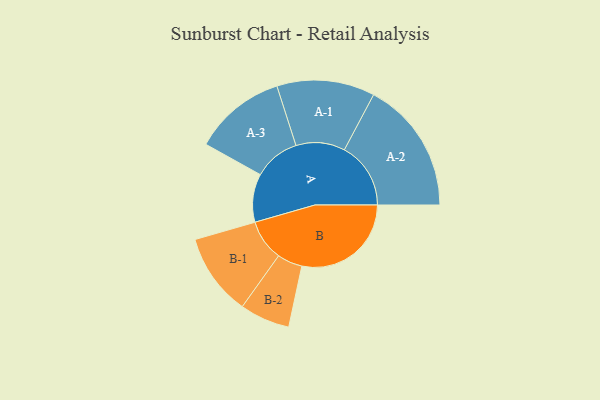
{"axis": {"x": "Segment", "y": "Value"}, "legend": ["", "A", "B"], "data": [{"x": "A", "y": 208, "type": ""}, {"x": "B", "y": 471, "type": ""}, {"x": "A-1", "y": 211, "type": "A"}, {"x": "A-2", "y": 286, "type": "A"}, {"x": "A-3", "y": 199, "type": "A"}, {"x": "B-1", "y": 177, "type": "B"}, {"x": "B-2", "y": 108, "type": "B"}]}